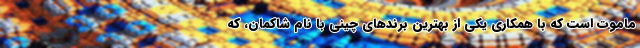
ماموت است که با همکاری یکی از بهترین برندهای چینی با نام شاکمان، که